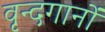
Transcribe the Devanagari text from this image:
वृन्दगानों